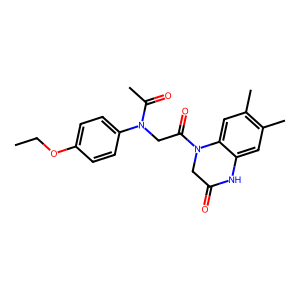
SMILES: CCOc1ccc(N(CC(=O)N2CC(=O)Nc3cc(C)c(C)cc32)C(C)=O)cc1
Inhibits HIV replication: No